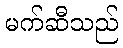
မက်ဆီသည်